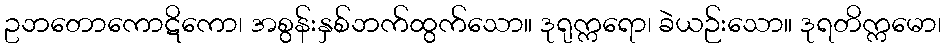
ဥဘတောကောဋိကော၊ အစွန်းနှစ်ဘက်ထွက်သော။ ဒုရုက္ကရော၊ ခဲယဉ်းသော။ ဒုရတိက္ကမော၊